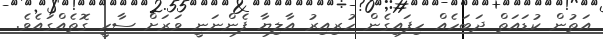
އަތުން ކުޑައަތް ދަބަހެއް ހިފައިގެން ހުރިއިރު އާލިޔާ ފެންނަނީ ވަރަށް ސާހީ ގޮތެއްގައެވެ.